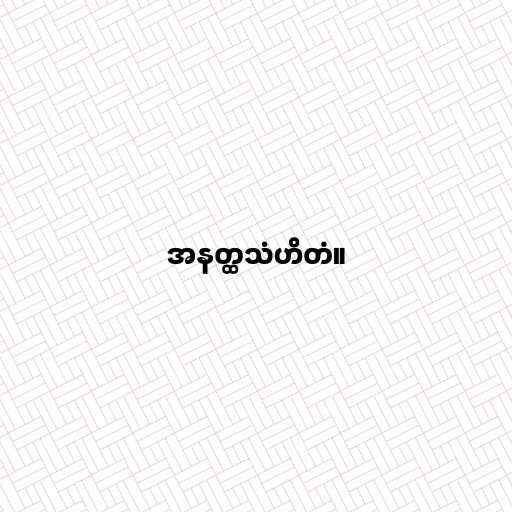
အနတ္ထသံဟိတံ။